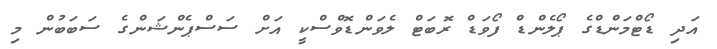
އަދި ޑޯޓްމަންޑްގެ ޕޯލެންޑް ފޯވަޑް ރޮބަޓް ލެވަންޑޮވްސްކީ އަށް ސަސްޕެންޝަންގެ ސަބަބުން މި